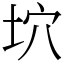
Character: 坹